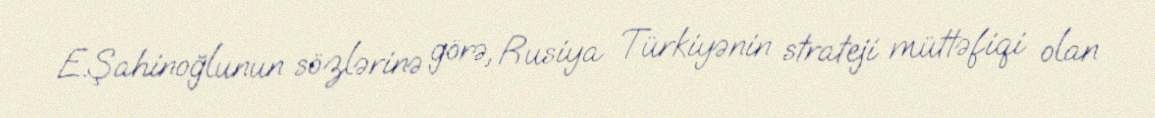
E.Şahinoğlunun sözlərinə görə, Rusiya Türkiyənin strateji müttəfiqi olan